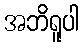
အဘိရူပါ